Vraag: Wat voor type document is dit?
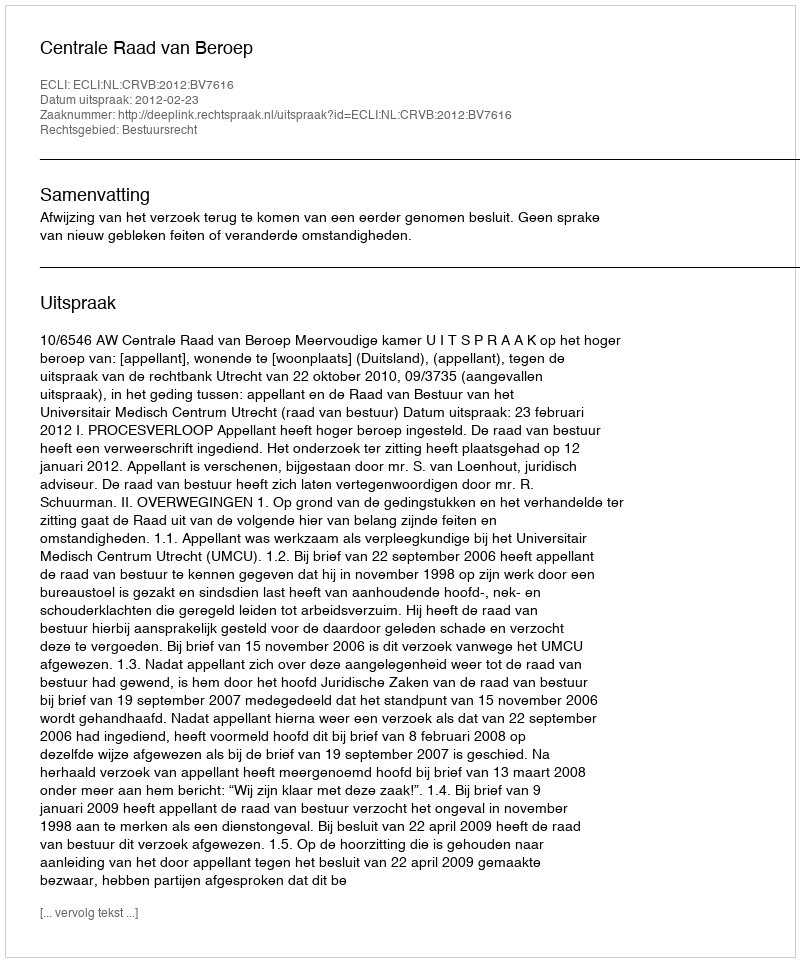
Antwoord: Uitspraak